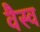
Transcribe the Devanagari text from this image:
वैस्‍व